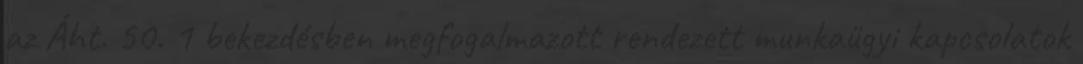
az Áht. 50. 1 bekezdésben megfogalmazott rendezett munkaügyi kapcsolatok